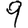
Digit: 9